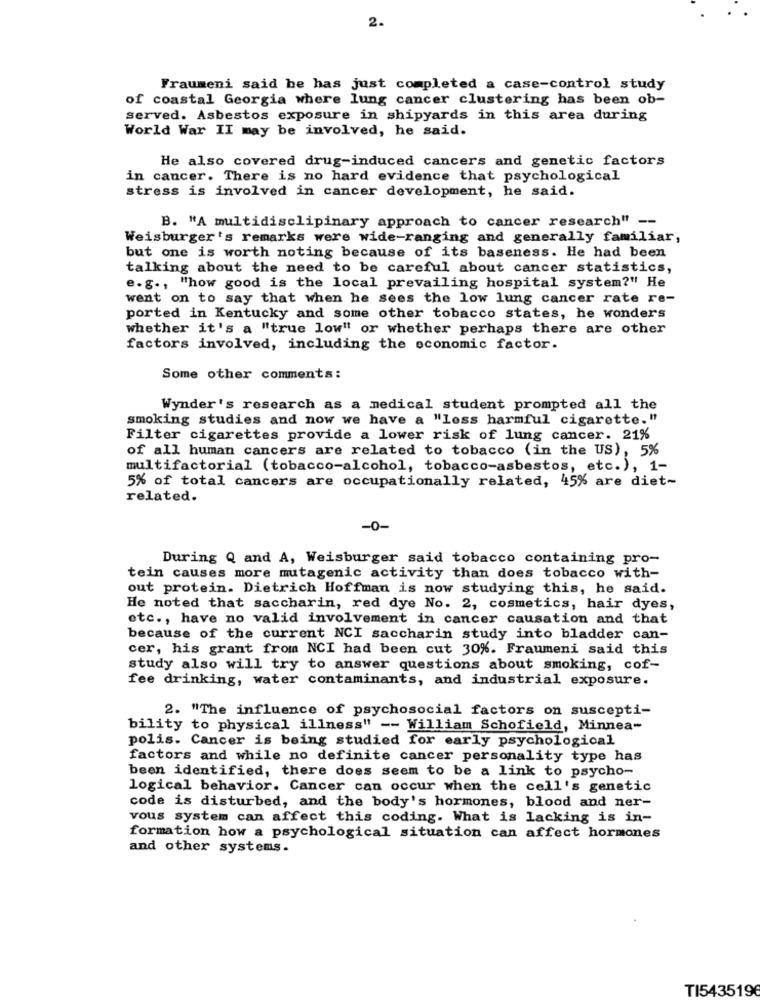
2.
Fraumeni said he has just completed a case-control study
of coastal Georgia where lung cancer clustering has been ob-
served. Asbestos exposure in shipyards in this area during
World War II may be involved, he said.
He also covered drug-induced cancers and genetic factors
in cancer. There is no hard evidence that psychological
stress is involved in cancer development, he said.
B. "A multidisclipinary approach to cancer research" --
Weisburger's remarks were wide-ranging and generally familiar,
but one is worth noting because of its baseness. He had been
talking about the need to be careful about cancer statistics,
e.g ., "how good is the local prevailing hospital system?" He
went on to say that when he sees the low lung cancer rate re-
ported in Kentucky and some other tobacco states, he wonders
whether it's a "true low" or whether perhaps there are other
factors involved, including the economic factor.
Some other comments:
Wynder's research as a medical student prompted all the
smoking studies and now we have a "loss harmful cigarette."
Filter cigarettes provide a lower risk of lung cancer. 21%
of all human cancers are related to tobacco (in the US), 5%
multifactorial (tobacco-alcohol, tobacco-asbestos, etc.), 1-
5% of total cancers are occupationally related, 45% are diet-
related.
-0-
During Q and A, Weisburger said tobacco containing pro-
tein causes more mutagenic activity than does tobacco with-
out protein. Dietrich Hoffman is now studying this, he said.
He noted that saccharin, red dye No. 2, cosmetics, hair dyes,
etc ., have no valid involvement in cancer causation and that
because of the current NCI saccharin study into bladder can-
cer, his grant from NCI had been cut 30%. Fraumeni said this
study also will try to answer questions about smoking, cof-
fee drinking, water contaminants, and industrial exposure.
2. "The influence of psychosocial factors on suscepti-
bility to physical illness" -- William Schofield, Minnea-
polis. Cancer is being studied for early psychological
factors and while no definite cancer personality type has
been identified, there does seem to be a link to psycho-
logical behavior. Cancer can occur when the cell's genetic
code is disturbed, and the body's hormones, blood and ner-
vous system can affect this coding. What is lacking is in-
formation how a psychological situation can affect hormones
and other systems.
TI543519